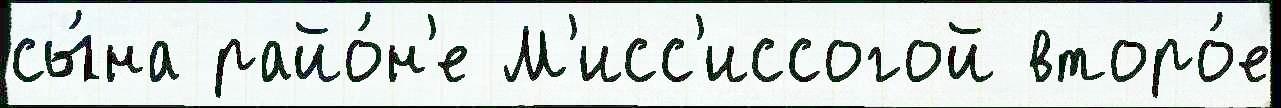
сы́на райо́н'е М'исс'иссогой второ́е